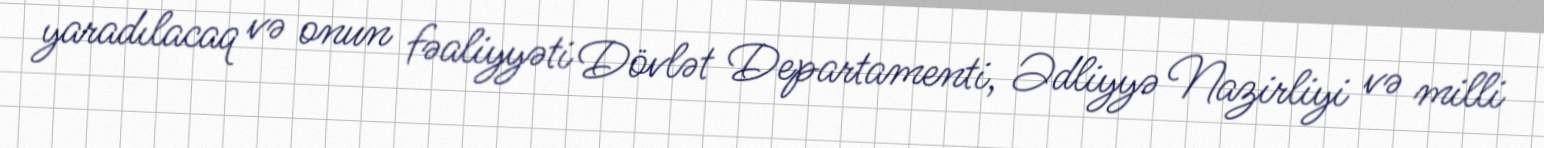
yaradılacaq və onun fəaliyyəti Dövlət Departamenti, Ədliyyə Nazirliyi və milli